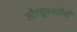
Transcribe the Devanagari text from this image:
औरयूएनडीपी